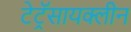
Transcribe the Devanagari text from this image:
टेट्रॅसायक्लीन